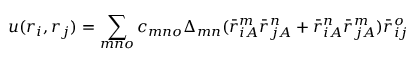
u ( \boldsymbol { r } _ { i } , \boldsymbol { r } _ { j } ) = \sum _ { m n o } c _ { m n o } \Delta _ { m n } ( \bar { r } _ { i A } ^ { m } \bar { r } _ { j A } ^ { n } + \bar { r } _ { i A } ^ { n } \bar { r } _ { j A } ^ { m } ) \bar { r } _ { i j } ^ { o }